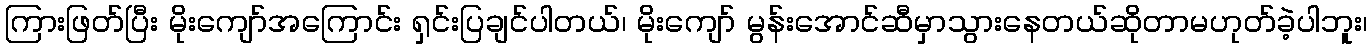
ကြားဖြတ်ပြီး မိုးကျော်အကြောင်း ရှင်းပြချင်ပါတယ်၊ မိုးကျော် မွန်းအောင်ဆီမှာသွားနေတယ်ဆိုတာမဟုတ်ခဲ့ပါဘူး၊